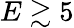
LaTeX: E\gtrsim 5